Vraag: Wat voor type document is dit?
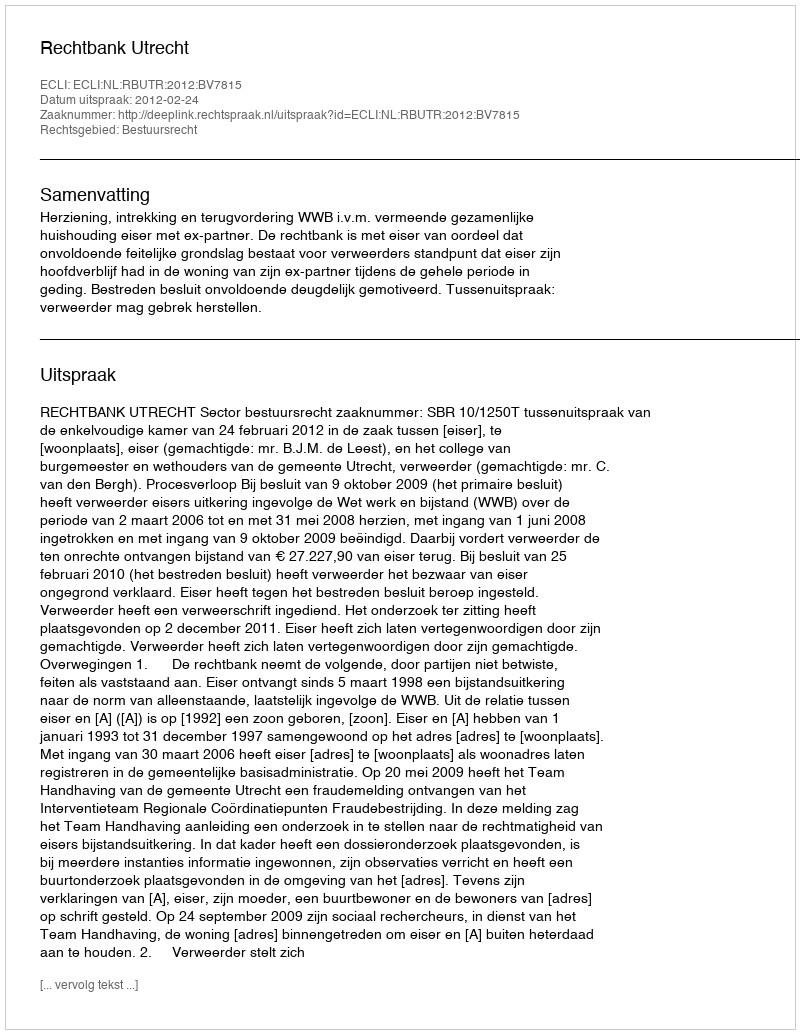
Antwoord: Uitspraak